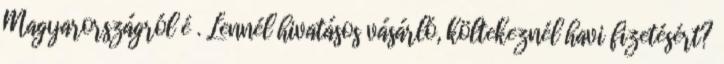
Magyarországról é . Lennél hivatásos vásárló, költekeznél havi fizetésért?